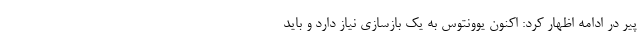
پیر در ادامه اظهار کرد: اکنون یوونتوس به یک بازسازی نیاز دارد و باید